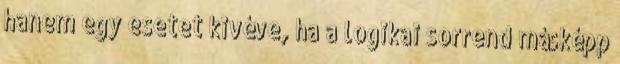
hanem egy esetet kivéve, ha a logikai sorrend másképp